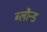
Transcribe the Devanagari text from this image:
ब्लौन्ड